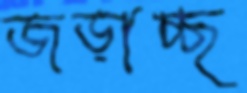
জড়াচ্ছ